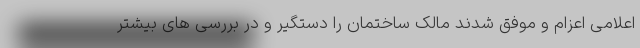
اعلامی اعزام و موفق شدند مالک ساختمان را دستگیر و در بررسی های بیشتر